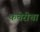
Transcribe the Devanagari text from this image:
कचेरीचा